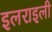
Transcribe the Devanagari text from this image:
इलराइली